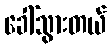
ခေါ်သွားတယ်